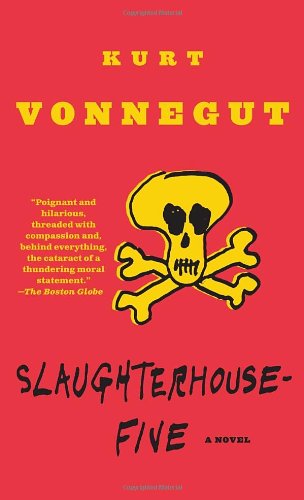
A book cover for Slaughterhouse-Five; Kurt Vonnegut; Science Fiction & Fantasy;